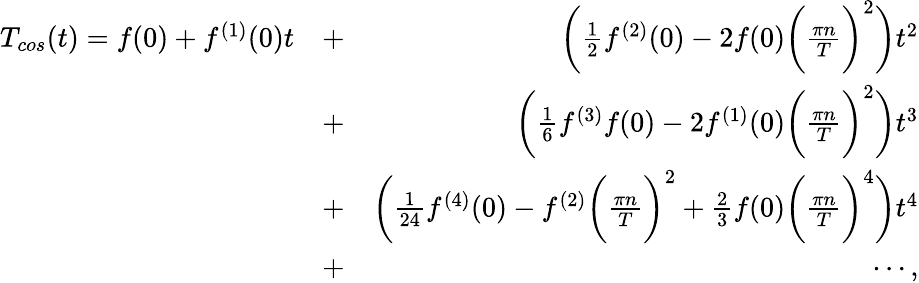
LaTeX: \begin{array}{rlr}{T_{cos}(t)=f(0)+f^{(1)}(0)t}&{+}&{\bigg(\frac{1}{2}f^{(2)}(0)-2f(0)\bigg(\frac{\pi n}{T}\bigg)^{2}\bigg)t^{2}}\\ &{+}&{\bigg(\frac{1}{6}f^{(3)}f(0)-2f^{(1)}(0)\bigg(\frac{\pi n}{T}\bigg)^{2}\bigg)t^{3}}\\ &{+}&{\bigg(\frac{1}{24}f^{(4)}(0)-f^{(2)}\bigg(\frac{\pi n}{T}\bigg)^{2}+\frac{2}{3}f(0)\bigg(\frac{\pi n}{T}\bigg)^{4}\bigg)t^{4}}\\ &{+}&{\cdots,}\end{array}